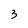
Character: 3